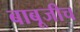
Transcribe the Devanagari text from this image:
बाबूजीच